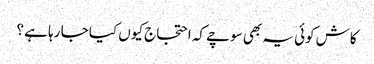
کاش کوئی یہ بھی سوچے کہ احتجاج کیوں کیا جا رہا ہے ؟